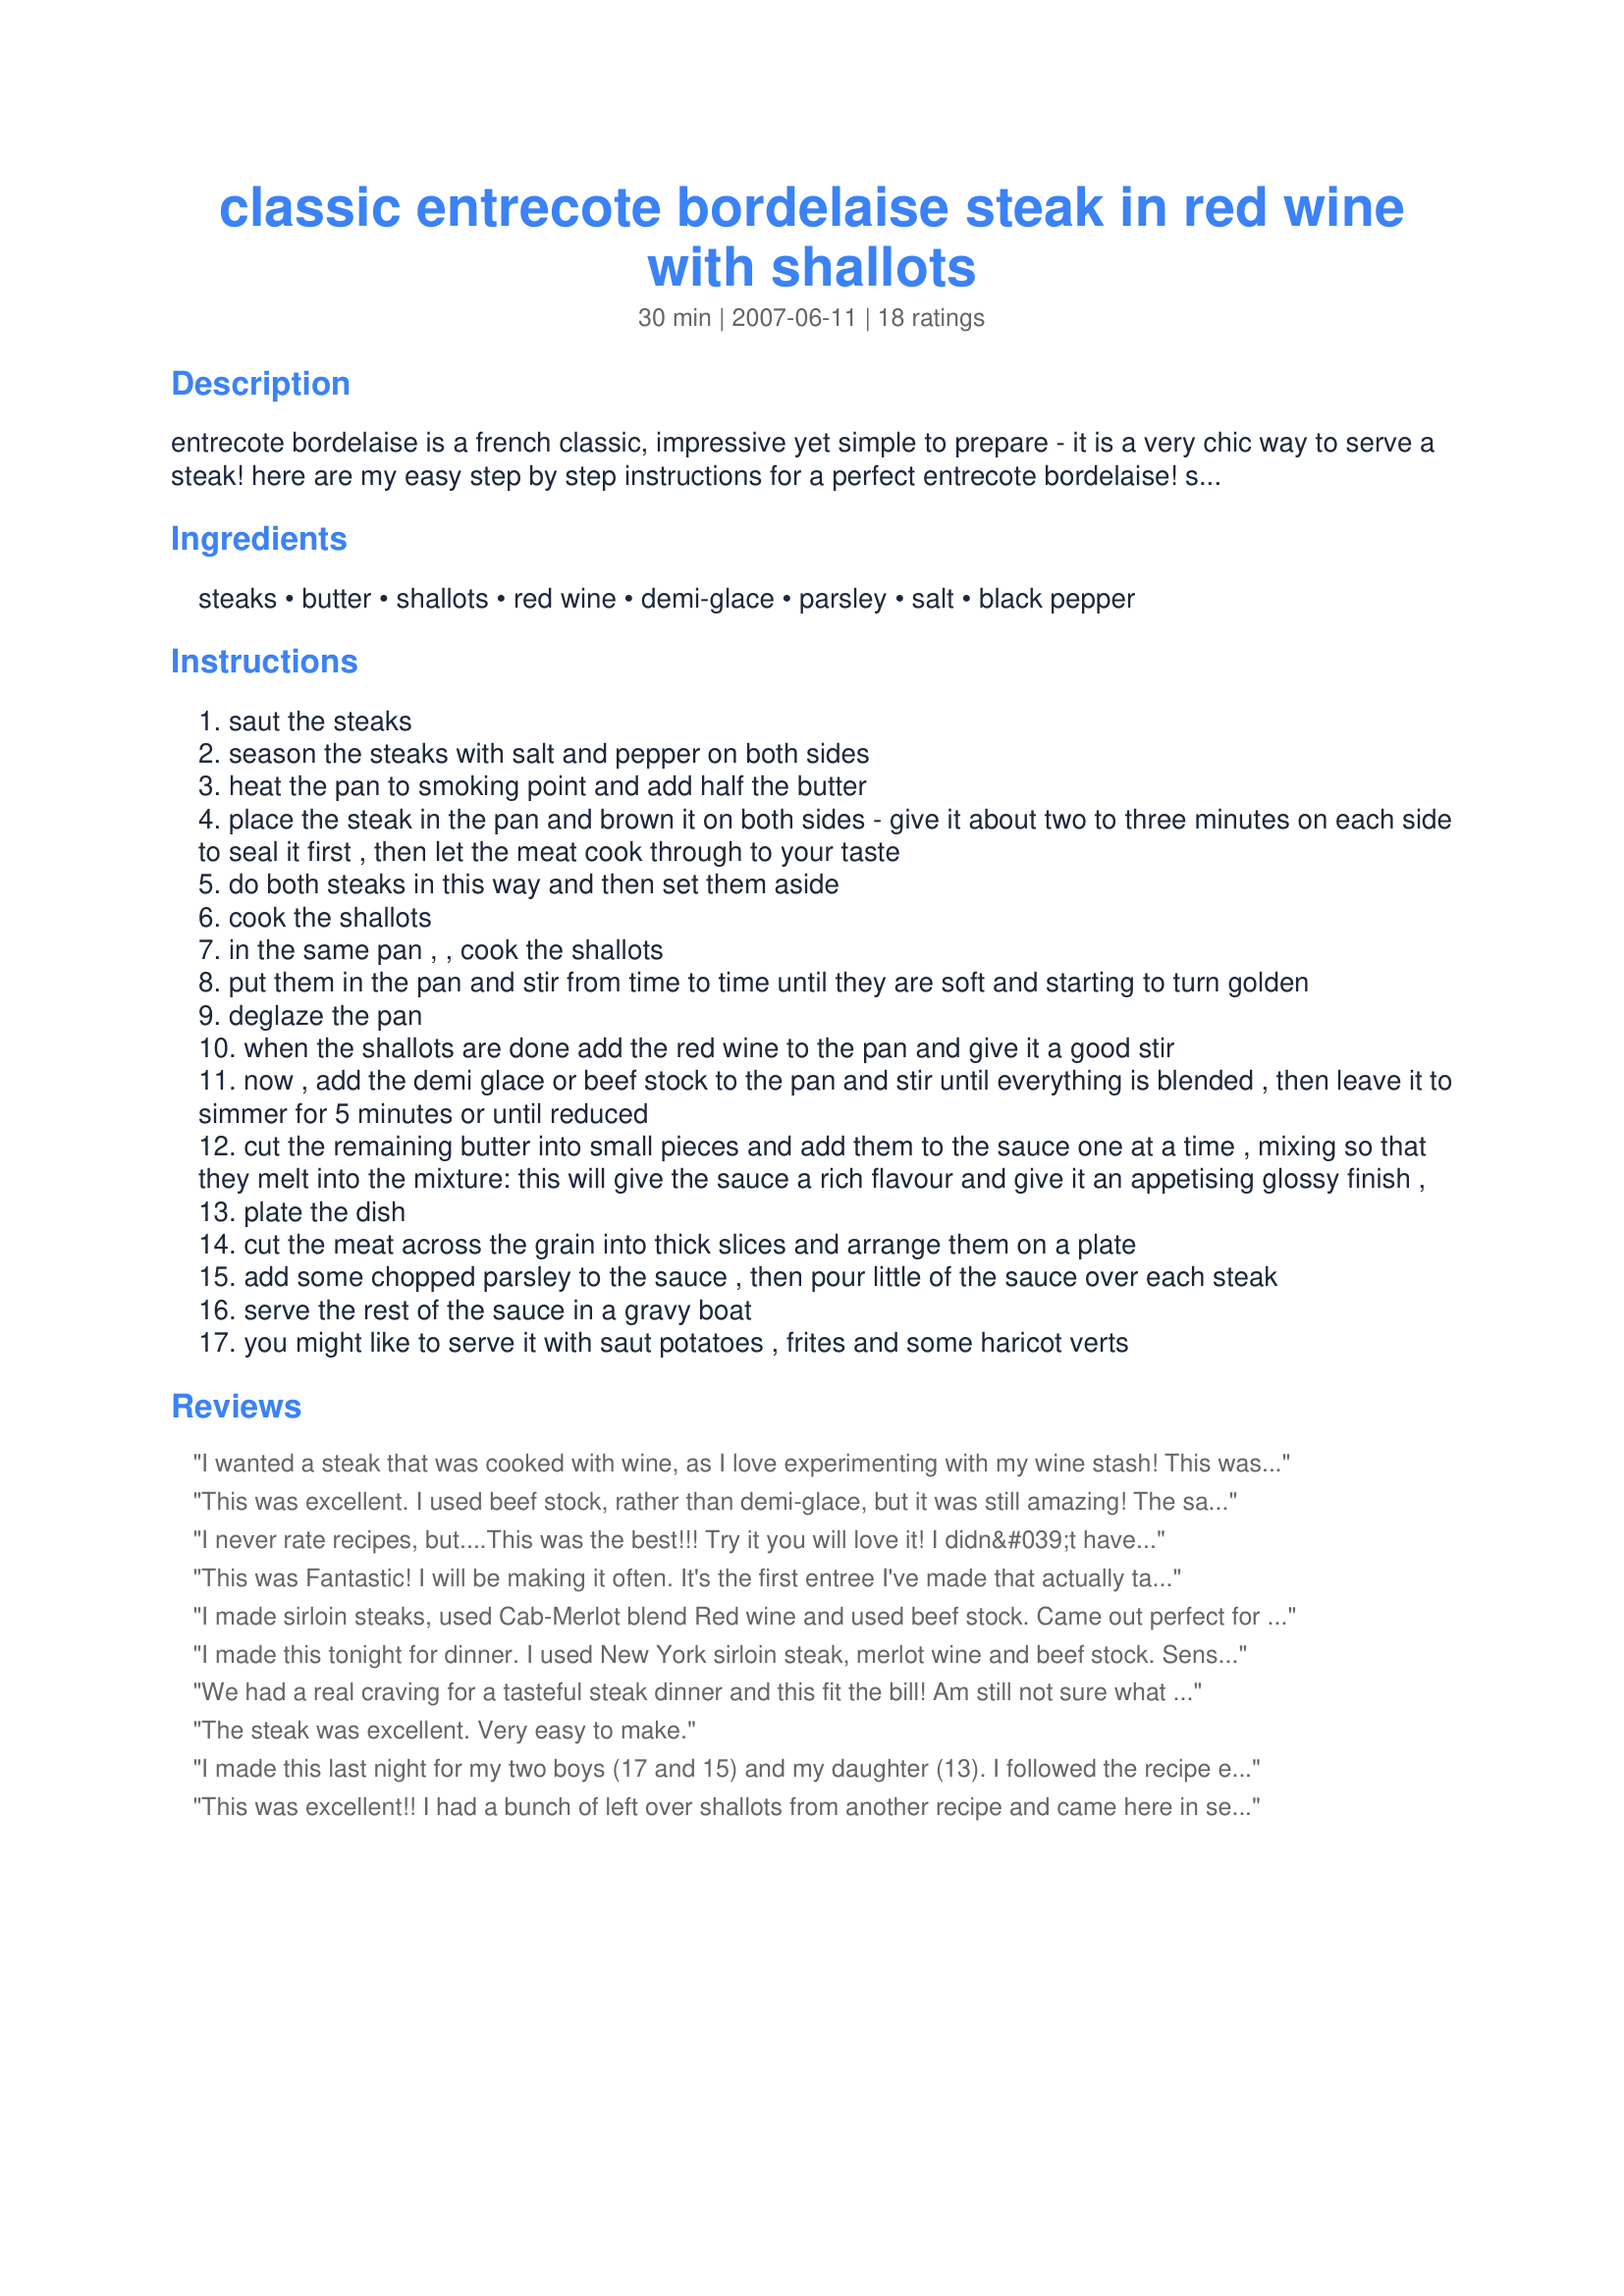
classic entrecote bordelaise steak in red wine with shallots
Preparation time: 30 minutes

entrecote bordelaise is a french classic, impressive yet simple to prepare - it is a very chic way to serve a steak! here are my easy step by step instructions for a perfect entrecote bordelaise! serve with sauté potatoes or frites and haricots verts......and a good bottle of saint emilion, from the little medieval town just to the east of bordeaux.

Ingredients:
steaks, butter, shallots, red wine, demi-glace, parsley, salt, black pepper

Steps:
saut the steaks
season the steaks with salt and pepper on both sides
heat the pan to smoking point and add half the butter
place the steak in the pan and brown it on both sides - give it about two to three minutes on each side to seal it first , then let the meat cook through to your taste
do both steaks in this way and then set them aside
cook the shallots
in the same pan , , cook the shallots
put them in the pan and stir from time to time until they are soft and starting to turn golden
deglaze the pan
when the shallots are done add the red wine to the pan and give it a good stir
now , add the demi glace or beef stock to the pan and stir until everything is blended , then leave it to simmer for 5 minutes or until reduced
cut the remaining butter into small pieces and add them to the sauce one at a time , mixing so that they melt into the mixture: this will give the sauce a rich flavour and give it an appetising glossy finish ,
plate the dish
cut the meat across the grain into thick slices and arrange them on a plate
add some chopped parsley to the sauce , then pour little of the sauce over each steak
serve the rest of the sauce in a gravy boat
you might like to serve it with saut potatoes , frites and some haricot verts

Reviews:
I wanted a steak that was cooked with wine, as I love experimenting with my wine stash! This was great using a nice bottle of Merlot! The steaks were tender, juicy and full of deep flavor, not to mention smelled great too!
This was excellent. I used beef stock, rather than demi-glace, but it was still amazing! The sauce was so rich and flavorful. Thanks French Tart!
I never rate recipes, but....This was the best!!! Try it you will love it! I didn&#039;t have the parsley, and it was still amazing!!! Can&#039;t wait to make it again! Thanks for the awesome recipe!
This was Fantastic! I will be making it often. It's the first entree I've made that actually taste like it came from a restaurant. It was fairly easy to make and has a small list of ingredients too!
I made sirloin steaks, used Cab-Merlot blend Red wine and used beef stock. Came out perfect for our dinner. Company was coming and I wanted to make something special. This was it, and it was excellent! Thank you FT!
I made this tonight for dinner. I used New York sirloin steak, merlot wine and beef stock. Sensational recipe French Tart! I will be using this recipe often. Thank you! Elaine
We had a real craving for a tasteful steak dinner and this fit the bill! Am still not sure what an 'entrecote' steak is, but used a rib-eye and it was great. Thanks for sharing.
The steak was excellent. Very easy to make.
I made this last night for my two boys (17 and 15) and my daughter (13). I followed the recipe exactly and the boys raved about it, they loved how buttery tasting the steak was and not one piece of meat was left. I served it with sour cream/cheddar mashed potatoes and aasparagus sauteed with olive oil , salt and pepper. Will definitely make again. Great taste
This was excellent!! I had a bunch of left over shallots from another recipe and came here in search of a solution. I used two filets and converted the recipe to US measurements. The smell was great and the taste was awesome!! By adding the butter at the end was the finishing touch. Thanks!!!
Excellent steak entree! What a great dish to serve to company FT. I used the beef stock instead of the demi-glace, and it was still very flavorful. My DH said I can make this for him for Valentine's Day :) That means it's real special in his eyes. I have to admit I'm looking forward to having it again too!
In one word FABULOUS! I've had entrecote bordelaise before but this is the BEST recipe I've come accross and won't need any other recipe in the future. We all loved. Made for ZWT4 - Bier ist Nahrung.
Thanks for posting is made a great dinner!
This was a delicious dish, thank you so much for sharing French Tart. I really enjoyed the rich robust flavour that the sauce imparted and how much it complimented the perfectly cooked steak. I loved the combination of shallots, red wine and butter. It was quick and easy to make, with superb results. A perfect dish to serve company.
This was an outstanding meal! I used NY sirloin and it couldn't have been more tender, tasteful or better! We have a new favorite here! DS says he would like to try this with pork cutlets next time. I'm game :)
I have used this reciepe twice...it is a favorite with all of our guests. Phenomenal is all I can say. 5-stars.
This is great!!!! There is nothing that I would change. I served with buttered toast so the sauce could be utilized again.
This was amazing! It was not at all difficult, but the results were just fabulous. I served it with Pommes Puree (from recipe 495914) and a salad of hearts of romaine leaves and a ton of avocado with homemade vinaigrette. It was a marvelous dinner! My 8 year old, who has become rather suspicious of new foods, loved it. Even my toddler, who is not a meat eater as a rule, ate up most of her good-sized portion! Thank you so much for sharing this, French Tart! Maybe next time I can hold off the troops long enough to get a photo or two!
If I could, I would give this 6 stars for being absolutely restaurant quality! I made this with Recipe #121513 and my normally quiet husband complimented this meal multiple times throughout dinner and even said that I should make sure I write down exactly how I did it so I could repeat it again! I have never been so successful with a steak dinner! I used 1/2 cup butter and red wine and used 2 tsp herb ox beef bouillon in 200ml of water for the beef stock. I cooked my steaks about 18 minutes after searing for 3 minutes on both sides. I think next time I will only cook them less so they are slightly pink on the inside. Seriously, French Tart, this recipe is divine!
